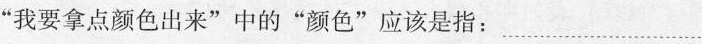
“我要拿点颜色出来”中的“颜色”应该是指 ………………